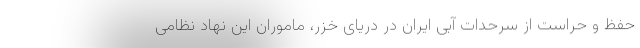
حفظ و حراست از سرحدات آبی ایران در دریای خزر، ماموران این نهاد نظامی